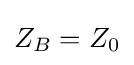
Z_{B}=Z_{0}\,\!